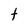
Character: t